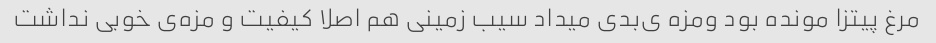
مرغ پیتزا مونده بود ومزه ی‌بدی میداد سیب زمینی هم اصلا کیفیت و مزه‌ی خوبی نداشت